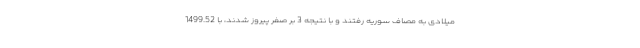
میلادی به مصاف سوریه رفتند و با نتیجه 3 بر صفر پیروز شدند، با 1499.52